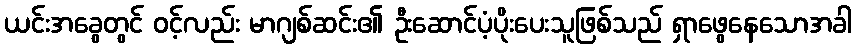
ယင်းအခွေတွင် ၀င့်လည်း မာဂျစ်ဆင်း၏ ဦးဆောင်ပံ့ပိုးပေးသူဖြစ်သည် ရှာဖွေနေသောအခါ